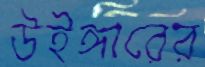
উইঙ্গারের